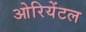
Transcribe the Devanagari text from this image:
ओरियेंटल